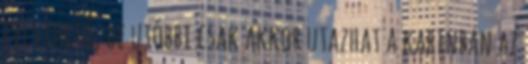
felvihető, de utóbbi csak akkor utazhat a kabinban az